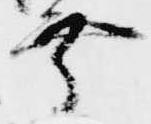
幸